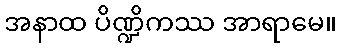
အနာထ ပိဏ္ဍိကဿ အာရာမေ။